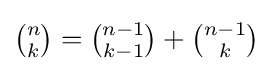
{\tbinom {n}{k}}={\tbinom {n-1}{k-1}}+{\tbinom {n-1}{k}}